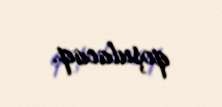
qoşulacaq.